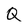
Character: Q